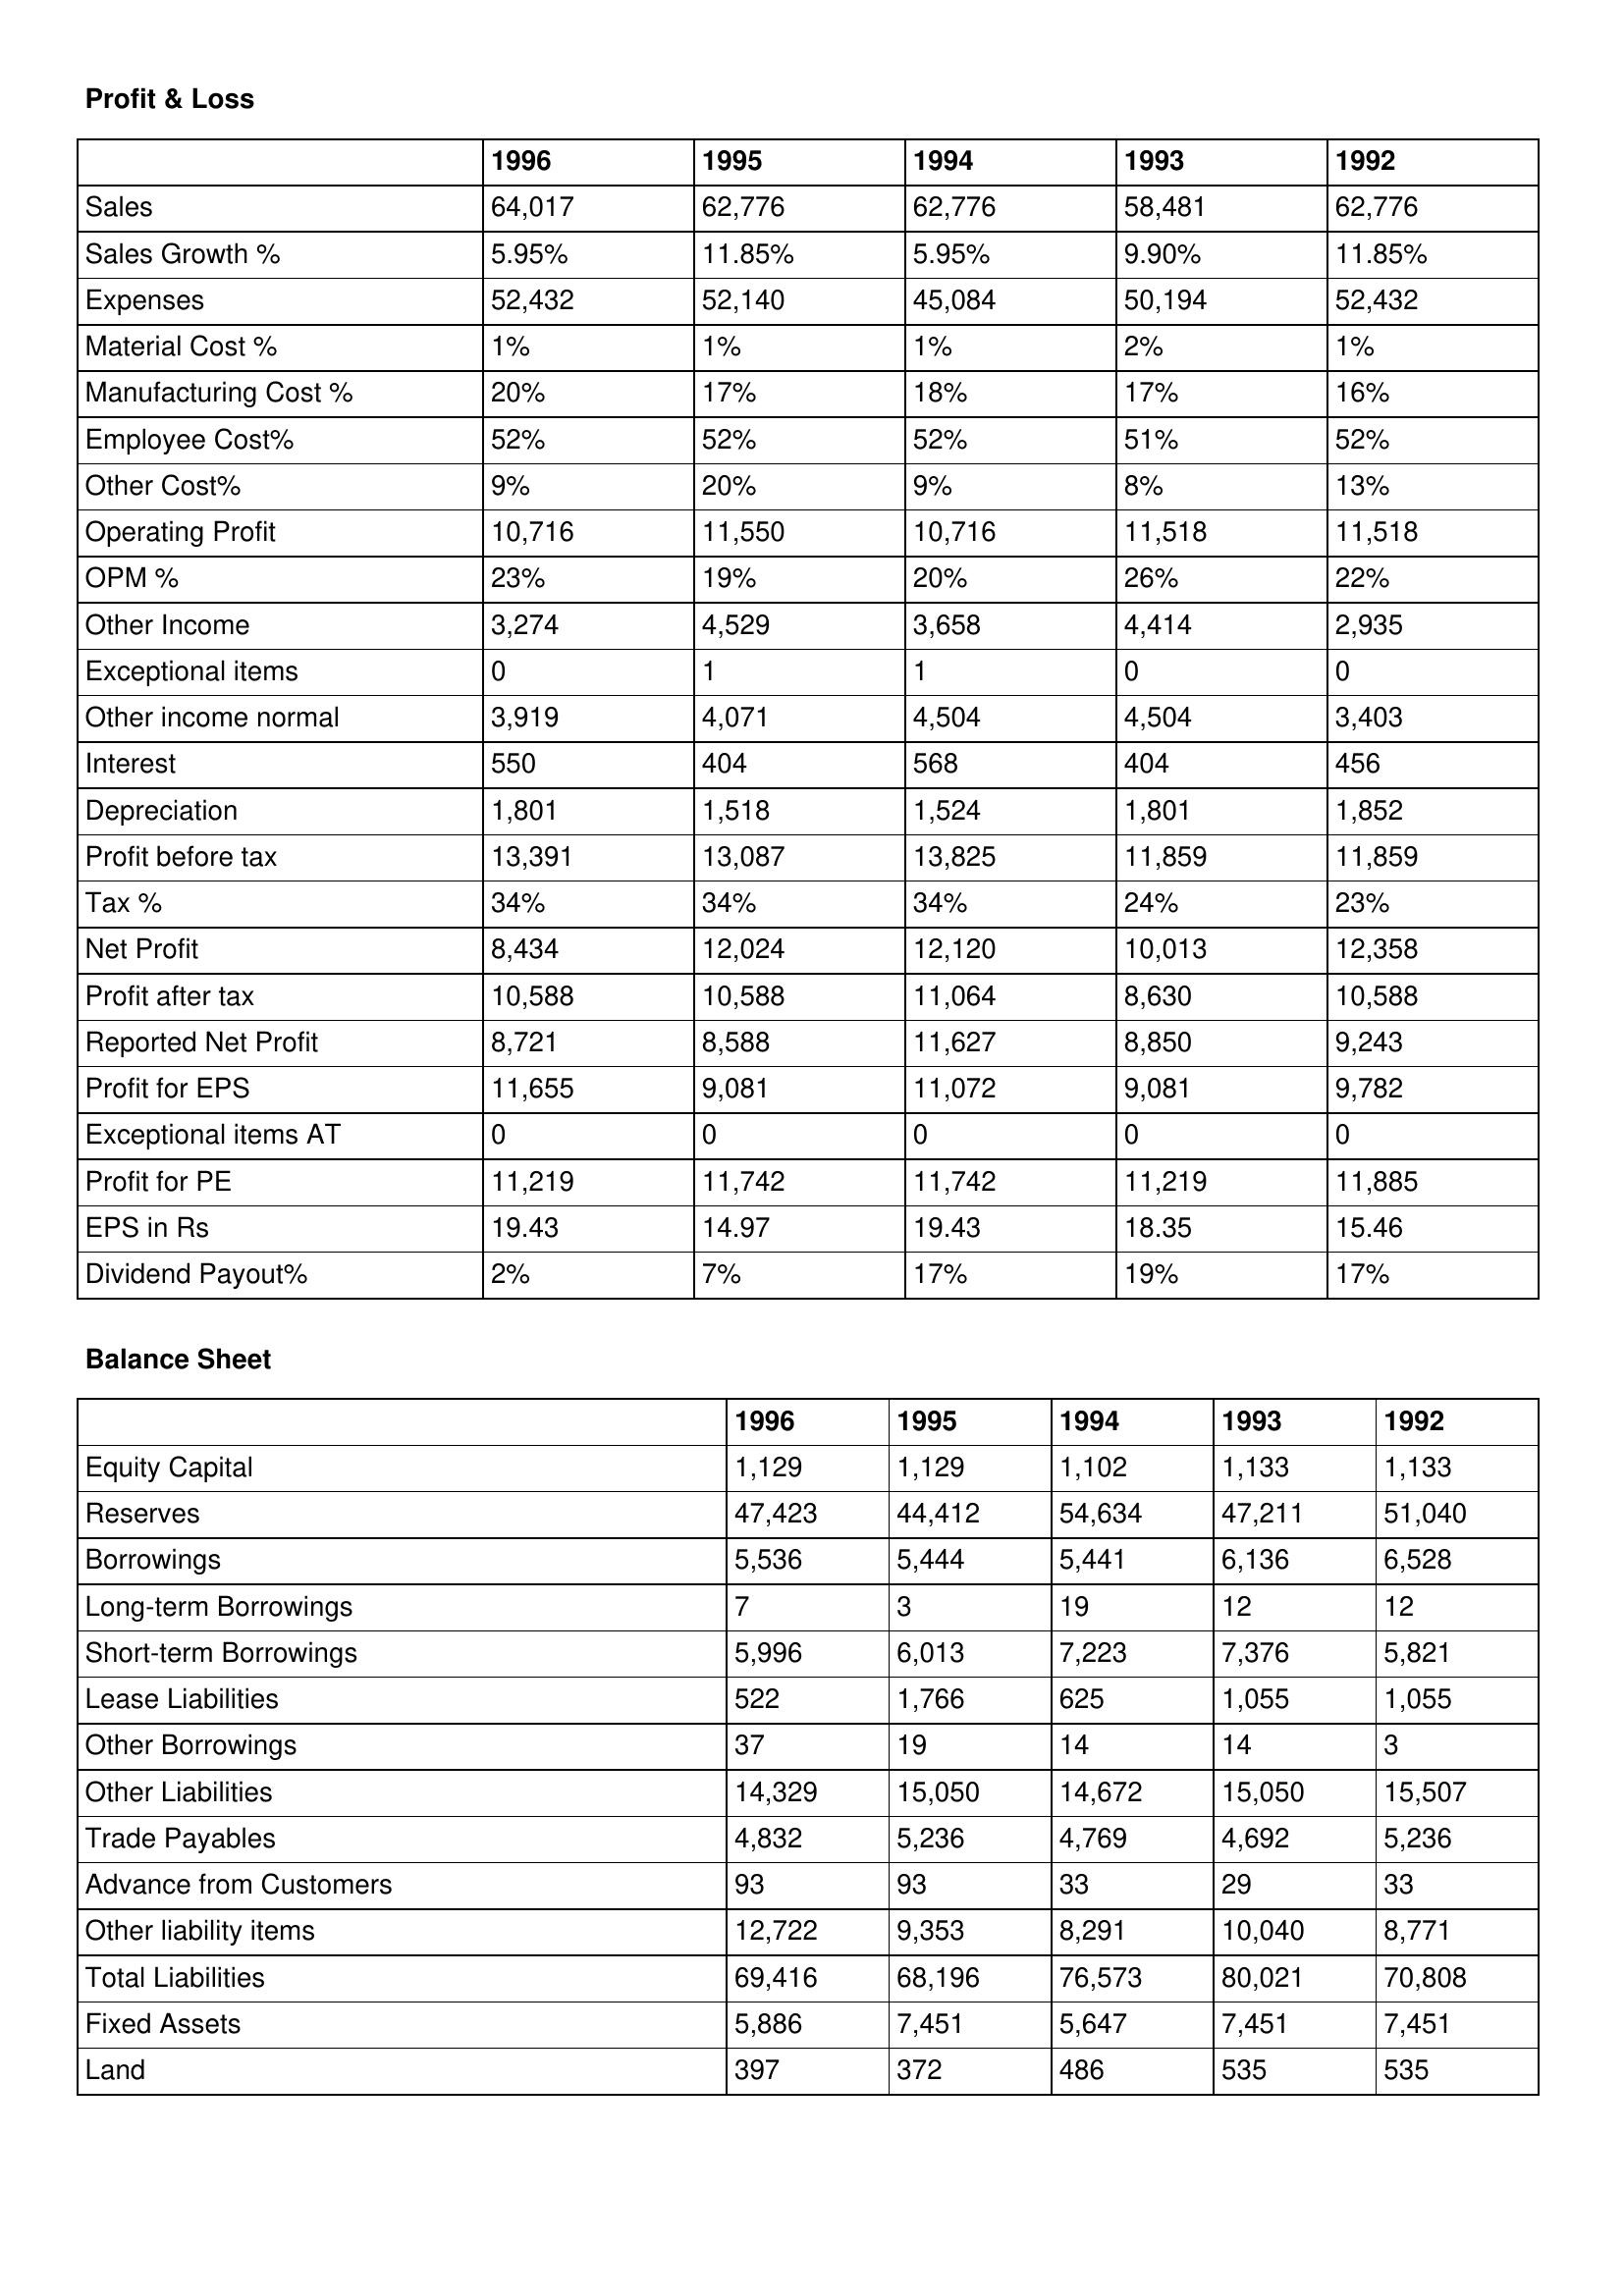
gt_parse: 1996: Profit & Loss: Sales: 64,017
Sales Growth %: 5.95%
Expenses: 52,432
Material Cost %: 1%
Manufacturing Cost %: 20%
Employee Cost%: 52%
Other Cost%: 9%
Operating Profit: 10,716
OPM %: 23%
Other Income: 3,274
Exceptional items: 0
Other income normal: 3,919
Interest: 550
Depreciation: 1,801
Profit before tax: 13,391
Tax %: 34%
Net Profit: 8,434
Profit after tax: 10,588
Reported Net Profit: 8,721
Profit for EPS: 11,655
Exceptional items AT: 0
Profit for PE: 11,219
EPS in Rs: 19.43
Dividend Payout%: 2%
Balance Sheet: Equity Capital: 1,129
Reserves: 47,423
Borrowings: 5,536
Long-term Borrowings: 7
Short-term Borrowings: 5,996
Lease Liabilities: 522
Other Borrowings: 37
Other Liabilities: 14,329
Trade Payables: 4,832
Advance from Customers: 93
Other liability items: 12,722
Total Liabilities: 69,416
Fixed Assets: 5,886
Land: 397
1995: Profit & Loss: Sales: 62,776
Sales Growth %: 11.85%
Expenses: 52,140
Material Cost %: 1%
Manufacturing Cost %: 17%
Employee Cost%: 52%
Other Cost%: 20%
Operating Profit: 11,550
OPM %: 19%
Other Income: 4,529
Exceptional items: 1
Other income normal: 4,071
Interest: 404
Depreciation: 1,518
Profit before tax: 13,087
Tax %: 34%
Net Profit: 12,024
Profit after tax: 10,588
Reported Net Profit: 8,588
Profit for EPS: 9,081
Exceptional items AT: 0
Profit for PE: 11,742
EPS in Rs: 14.97
Dividend Payout%: 7%
Balance Sheet: Equity Capital: 1,129
Reserves: 44,412
Borrowings: 5,444
Long-term Borrowings: 3
Short-term Borrowings: 6,013
Lease Liabilities: 1,766
Other Borrowings: 19
Other Liabilities: 15,050
Trade Payables: 5,236
Advance from Customers: 93
Other liability items: 9,353
Total Liabilities: 68,196
Fixed Assets: 7,451
Land: 372
1994: Profit & Loss: Sales: 62,776
Sales Growth %: 5.95%
Expenses: 45,084
Material Cost %: 1%
Manufacturing Cost %: 18%
Employee Cost%: 52%
Other Cost%: 9%
Operating Profit: 10,716
OPM %: 20%
Other Income: 3,658
Exceptional items: 1
Other income normal: 4,504
Interest: 568
Depreciation: 1,524
Profit before tax: 13,825
Tax %: 34%
Net Profit: 12,120
Profit after tax: 11,064
Reported Net Profit: 11,627
Profit for EPS: 11,072
Exceptional items AT: 0
Profit for PE: 11,742
EPS in Rs: 19.43
Dividend Payout%: 17%
Balance Sheet: Equity Capital: 1,102
Reserves: 54,634
Borrowings: 5,441
Long-term Borrowings: 19
Short-term Borrowings: 7,223
Lease Liabilities: 625
Other Borrowings: 14
Other Liabilities: 14,672
Trade Payables: 4,769
Advance from Customers: 33
Other liability items: 8,291
Total Liabilities: 76,573
Fixed Assets: 5,647
Land: 486
1993: Profit & Loss: Sales: 58,481
Sales Growth %: 9.90%
Expenses: 50,194
Material Cost %: 2%
Manufacturing Cost %: 17%
Employee Cost%: 51%
Other Cost%: 8%
Operating Profit: 11,518
OPM %: 26%
Other Income: 4,414
Exceptional items: 0
Other income normal: 4,504
Interest: 404
Depreciation: 1,801
Profit before tax: 11,859
Tax %: 24%
Net Profit: 10,013
Profit after tax: 8,630
Reported Net Profit: 8,850
Profit for EPS: 9,081
Exceptional items AT: 0
Profit for PE: 11,219
EPS in Rs: 18.35
Dividend Payout%: 19%
Balance Sheet: Equity Capital: 1,133
Reserves: 47,211
Borrowings: 6,136
Long-term Borrowings: 12
Short-term Borrowings: 7,376
Lease Liabilities: 1,055
Other Borrowings: 14
Other Liabilities: 15,050
Trade Payables: 4,692
Advance from Customers: 29
Other liability items: 10,040
Total Liabilities: 80,021
Fixed Assets: 7,451
Land: 535
1992: Profit & Loss: Sales: 62,776
Sales Growth %: 11.85%
Expenses: 52,432
Material Cost %: 1%
Manufacturing Cost %: 16%
Employee Cost%: 52%
Other Cost%: 13%
Operating Profit: 11,518
OPM %: 22%
Other Income: 2,935
Exceptional items: 0
Other income normal: 3,403
Interest: 456
Depreciation: 1,852
Profit before tax: 11,859
Tax %: 23%
Net Profit: 12,358
Profit after tax: 10,588
Reported Net Profit: 9,243
Profit for EPS: 9,782
Exceptional items AT: 0
Profit for PE: 11,885
EPS in Rs: 15.46
Dividend Payout%: 17%
Balance Sheet: Equity Capital: 1,133
Reserves: 51,040
Borrowings: 6,528
Long-term Borrowings: 12
Short-term Borrowings: 5,821
Lease Liabilities: 1,055
Other Borrowings: 3
Other Liabilities: 15,507
Trade Payables: 5,236
Advance from Customers: 33
Other liability items: 8,771
Total Liabilities: 70,808
Fixed Assets: 7,451
Land: 535